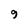
Character: 9